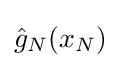
{\hat {g}}_{N}(x_{N})